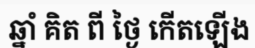
ឆ្នាំ គិត ពី ថ្ងៃ កើតឡើង